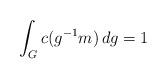
LaTeX: \begin{align*}\int_Gc(g^{-1}m)\, dg=1\end{align*}